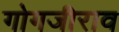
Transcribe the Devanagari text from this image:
गोगजीराव